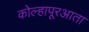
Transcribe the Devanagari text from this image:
कोल्हापूरआता